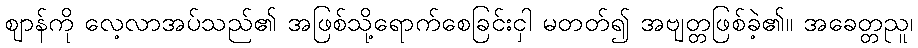
ဈာန်ကို လေ့လာအပ်သည်၏ အဖြစ်သို့ရောက်စေခြင်းငှါ မတတ်၍ အဗျတ္တဖြစ်ခဲ့၏။ အခေတ္တညူ၊